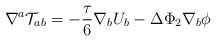
\begin{align*}\nabla^a{\cal T}_{ab}= -\frac{\tau}{6}\nabla_b U_b-\Delta\Phi_2\nabla_b \phi\end{align*}